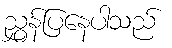
ညွှန်ပြနေပါသည်